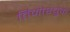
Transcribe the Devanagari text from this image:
तिमोश्चुक